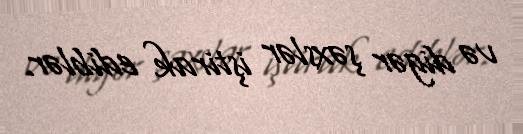
və digər şəxslər iştirak ediblər.